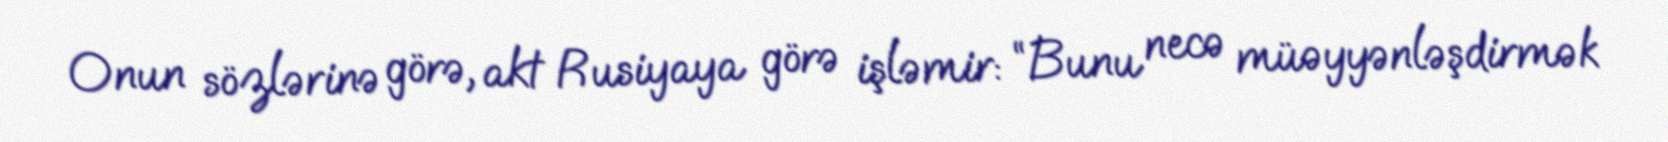
Onun sözlərinə görə, akt Rusiyaya görə işləmir: “Bunu necə müəyyənləşdirmək